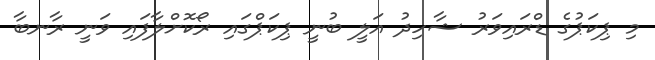
މި ޕިކަޕުގެ ޑްރައިވަރު ޝާހިދު އަލީ ބުނީ ޕިކަޕްގައި ރޯކޮށްލާފައި ވަނީ ރާނބާ